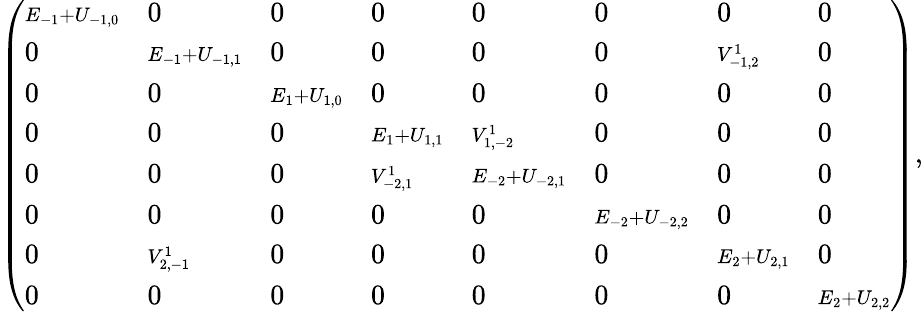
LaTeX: \left({\begin{array}{llllllll}{{{\scriptstyle E_{-1}+U_{-1,0}}}}&{{0}}&{{0}}&{{0}}&{{0}}&{{0}}&{{0}}&{{0}}\\ {{0}}&{{{\scriptstyle E_{-1}+U_{-1,1}}}}&{{0}}&{{0}}&{{0}}&{{0}}&{{{\scriptstyle V_{-1,2}^{1}}}}&{{0}}\\ {{0}}&{{0}}&{{{\scriptstyle E_{1}+U_{1,0}}}}&{{0}}&{{0}}&{{0}}&{{0}}&{{0}}\\ {{0}}&{{0}}&{{0}}&{{{\scriptstyle E_{1}+U_{1,1}}}}&{{{\scriptstyle V_{1,-2}^{1}}}}&{{0}}&{{0}}&{{0}}\\ {{0}}&{{0}}&{{0}}&{{{\scriptstyle V_{-2,1}^{1}}}}&{{{\scriptstyle E_{-2}+U_{-2,1}}}}&{{0}}&{{0}}&{{0}}\\ {{0}}&{{0}}&{{0}}&{{0}}&{{0}}&{{{\scriptstyle E_{-2}+U_{-2,2}}}}&{{0}}&{{0}}\\ {{0}}&{{{\scriptstyle V_{2,-1}^{1}}}}&{{0}}&{{0}}&{{0}}&{{0}}&{{{\scriptstyle E_{2}+U_{2,1}}}}&{{0}}\\ {{0}}&{{0}}&{{0}}&{{0}}&{{0}}&{{0}}&{{0}}&{{{\scriptstyle E_{2}+U_{2,2}}}}\end{array}}\right),